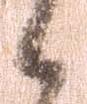
候